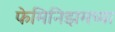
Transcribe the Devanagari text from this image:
फेमिनिझमच्या